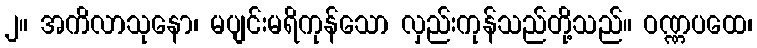
၂။ အကိလာသုနော၊ မပျင်းမရိကုန်သော လှည်းကုန်သည်တို့သည်။ ဝဏ္ဏပထေ၊